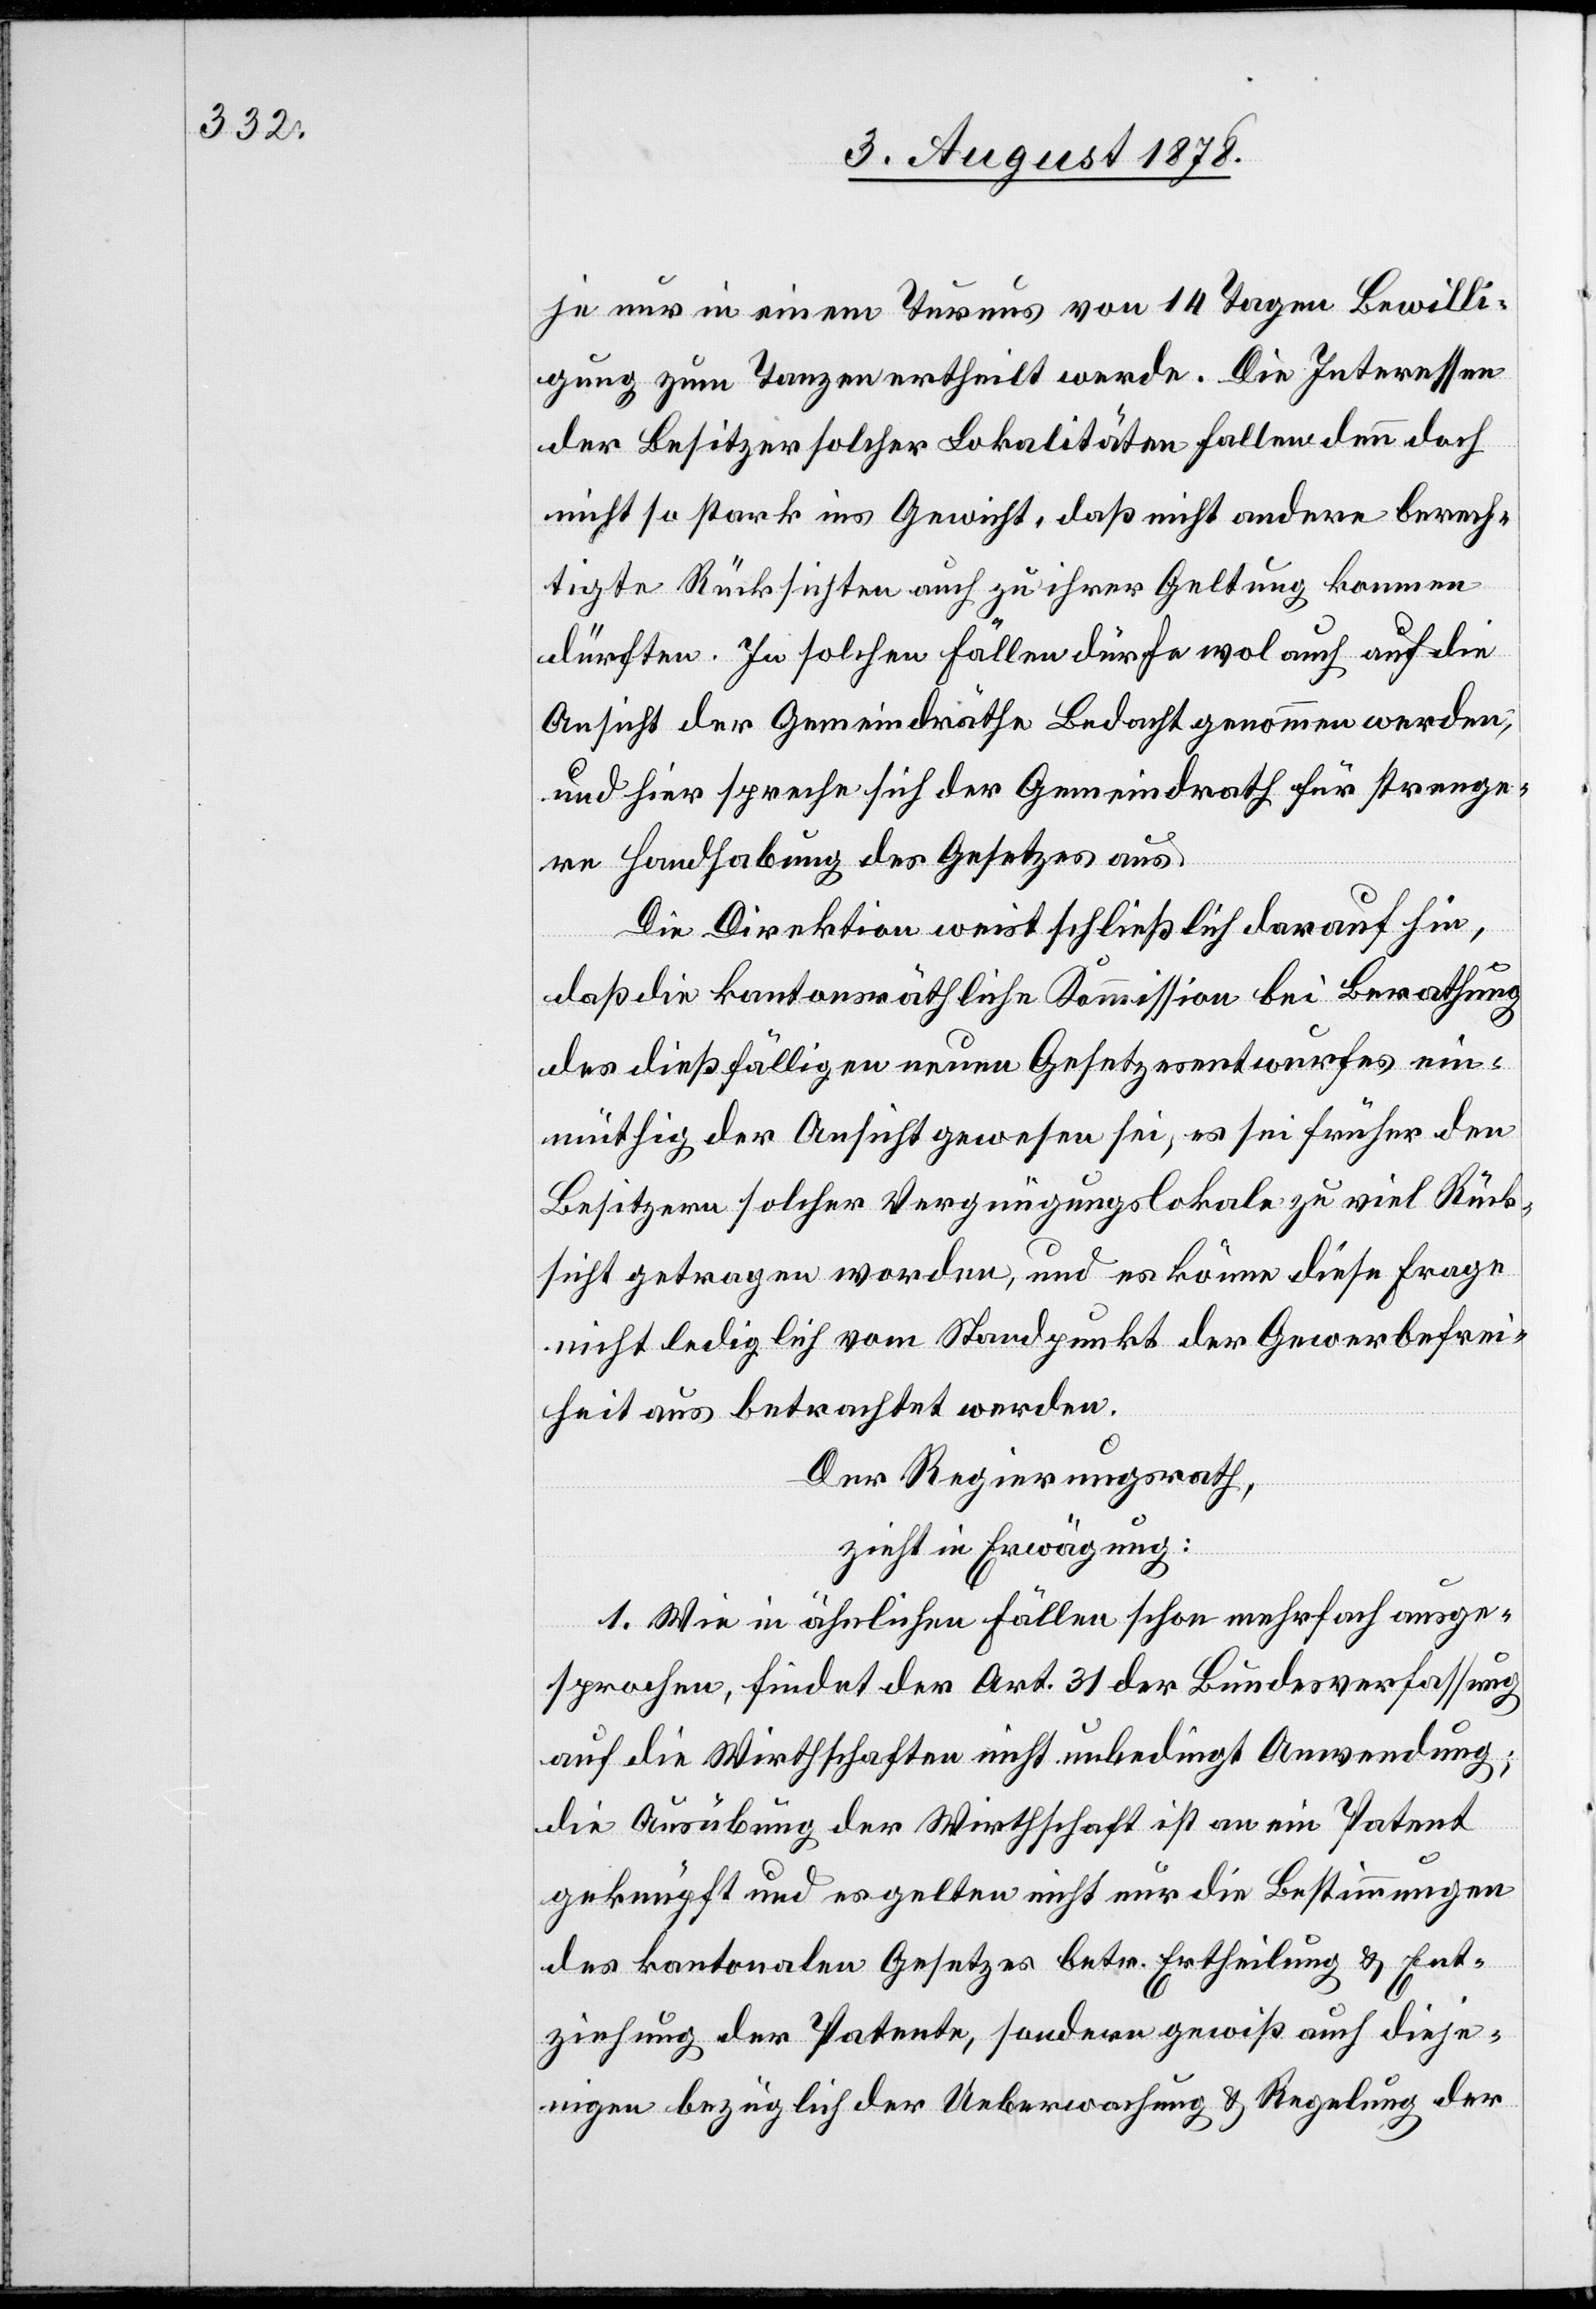
je nur in einem Turnus von 14 Tagen Bewilli¬
gung zum Tanzen ertheilt werde. Die Interessen
der Besitzer solcher Lokalitäten fallen denn doch
nicht so stark ins Gewicht, daß nicht andere berech¬
tigte Rücksichten auch zu ihrer Geltung kommen
dürften. In solchen Fällen dürfe wol auch auf die
Ansicht der Gemeindräthe Bedacht genommen werden;
und hier spreche sich der Gemeindrath für strenge¬
re Handhabung des Gesetzes aus.
Die Direktion weist schließlich darauf hin,
daß die kantonsräthliche Kommission bei Berathung
des dießfälligen neuen Gesetzesentwurfes ein¬
müthig der Ansicht gewesen sei, es sei früher den
Besitzern solcher Vergnügungslokale zu viel Rück¬
sicht getragen worden, und es könne diese Frage
nicht lediglich vom Standpunkt der Gewebefrei¬
heit aus betrachtet werden.
Der Regierungsrath
zieht in Erwägung:
1. Wie in ähnlichen Fällen schon mehrfach ausge¬
sprochen, findet der Art. 31 der Bundesverfassung
auf die Wirthschaften nicht unbedingt Anwendung;
die Ausübung der Wirthschaft ist an ein Patent
geknüpft und es gelten nicht nur die Bestimmungen
des kantonalen Gesetzes betr. Ertheilung & Ent¬
ziehung der Patente, sondern gewiß auch dieje¬
nigen bezüglich der Ueberwachung & Regelung der